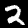
Label: 2